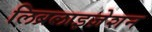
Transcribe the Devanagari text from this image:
लिब्रलाइज़ेशन